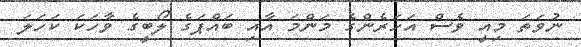
ނުވަތަ މިއީ ވެސް އަހަރެންގެ މަންމަ އާއި ބައްޕަގެ ލޯބީގެ ވާހަކަ ކަހަލަ